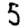
Digit: 5